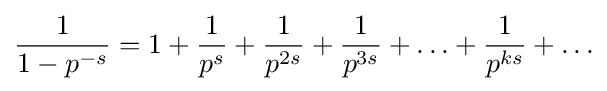
{\frac {1}{1-p^{-s}}}=1+{\frac {1}{p^{s}}}+{\frac {1}{p^{2s}}}+{\frac {1}{p^{3s}}}+\ldots +{\frac {1}{p^{ks}}}+\ldots